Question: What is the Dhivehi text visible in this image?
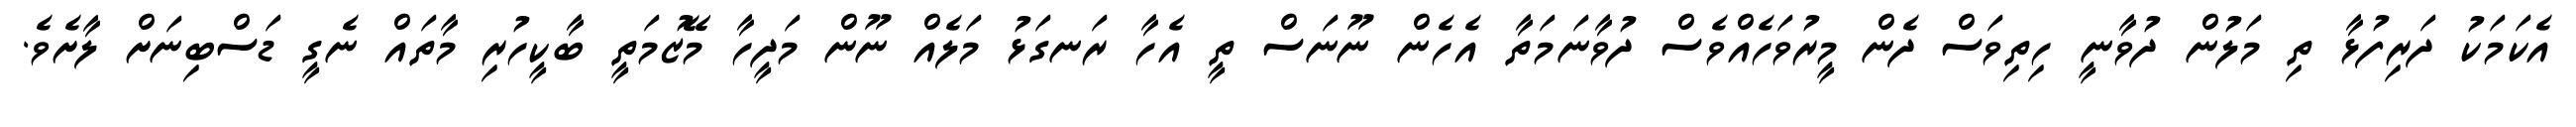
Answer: އެކަމަކު ދަރިފުޅާ ތި މަލުން ދުވާނީ ހިތިވަސް ދެން މީރުވަހެއްވެސް ދުވާނަމަތާ އެހެން ނޫނަސް ތީ އެހާ ރަނގަޅު މަލެއް ނޫން މަދީހާ މޭޒުމަތީ ބާކީހުރި މާތައް ނެގީ ޑަސްބިނަށް ލާށެވެ.